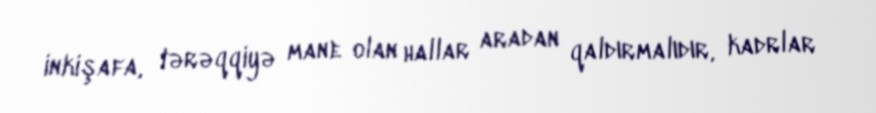
inkişafa, tərəqqiyə mane olan hallar aradan qaldırmalıdır, kadrlar